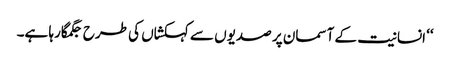
‘‘ انسانیت کے آسمان پر صدیوں سے کہکشاں کی طرح جگمگارہا ہے۔